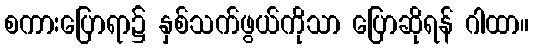
စကားပြောရာ၌ နှစ်သက်ဖွယ်ကိုသာ ပြောဆိုရန် ဂါထာ။